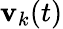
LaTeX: \mathbf{v}_{k}(t)